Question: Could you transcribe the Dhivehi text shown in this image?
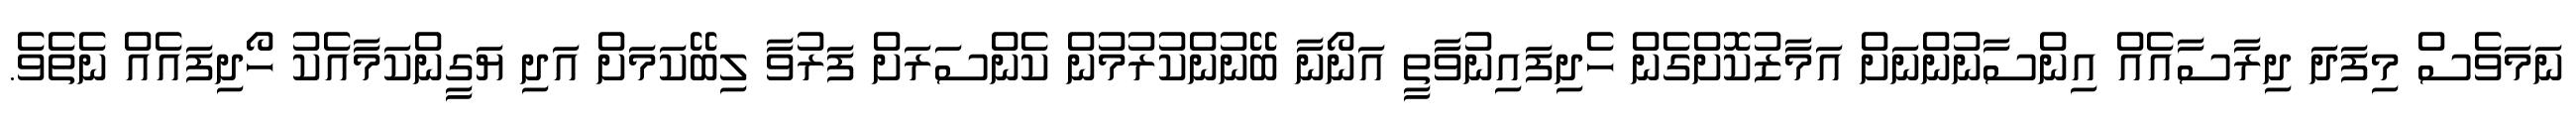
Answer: ނަމަވެސް މިފަދަ ދިރާސާއެއް އިންސާނުންނަށް އަމާޒުކޮށްގެން ހެދިފައިނުވާތީ އަނޯނާ ބޭނުންކުރުމުން ކެންސަރަށް ފަރުވާ ލިބޭކަމަށް އަދި ޔަގީންކަމާއެކު ހޯދިފައެއް ނެތެވެ.